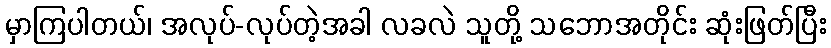
မှာကြပါတယ်၊ အလုပ်-လုပ်တဲ့အခါ လခလဲ သူတို့ သဘောအတိုင်း ဆုံးဖြတ်ပြီး